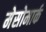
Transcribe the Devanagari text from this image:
मेसोमार्क